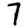
Digit: 7